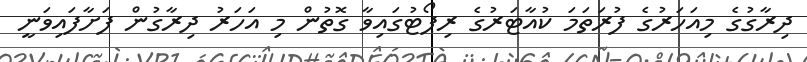
ދިރާގުގެ މިއަހަރުގެ ފުރަތަމަ ކުއާޓަރުގެ ރިޕޯޓުގައިވާ ގޮތުން މި އަހަރު ދިރާގުން ފަށާފައިވަނީ